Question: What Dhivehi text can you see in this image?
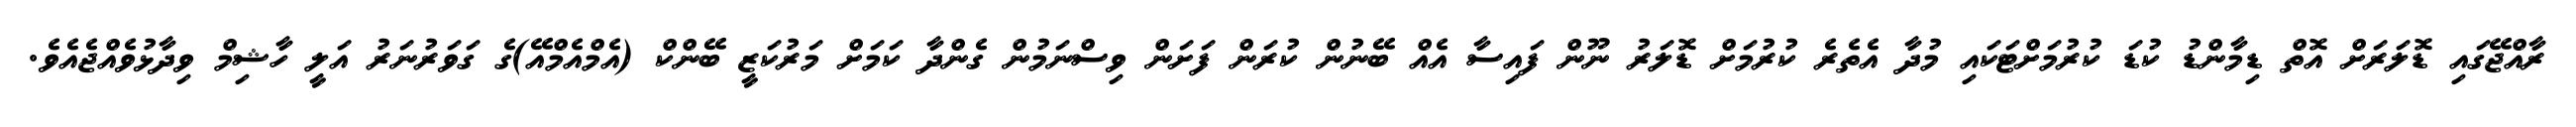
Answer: ރާއްޖޭގައި ޑޮލަރަށް އޮތް ޑިމާންޑު ކުޑަ ކުރުމަށްޓަކައި މުދާ އެތެރެ ކުރުމަށް ޑޮލަރު ނޫން ފައިސާ އެއް ބޭނުން ކުރަން ފަށަން ވިސްނަމުން ގެންދާ ކަމަށް މަރުކަޒީ ބޭންކް (އެމްއެމްއޭ)ގެ ގަވަރުނަރު އަލީ ހާޝިމް ވިދާޅުވެއްޖެއެވެ.